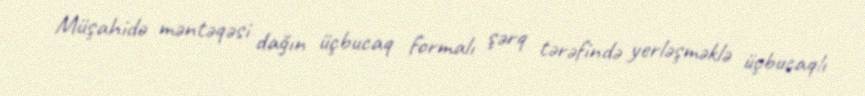
Müşahidə məntəqəsi dağın üçbucaq formalı şərq tərəfində yerləşməklə üçbucaqlı